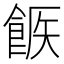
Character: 𩛫